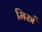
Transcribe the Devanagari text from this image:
मिस्रं